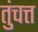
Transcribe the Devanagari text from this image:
तुंचत्त